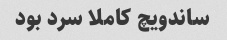
ساندویچ کاملا سرد بود